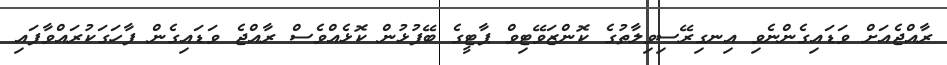
ރާއްޖެއަށް ވަޑައިގެންނެވި އިނގިރޭސިވިލާތުގެ ކޮންޒަވޭޓިވް ޕާޓީގެ ބޭފުޅުން ކޮޅެއްވެސް ރާއްޖެ ވަޑައިގެން ފާހަަގަކުރައްވާފައި